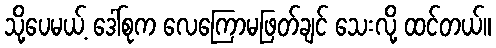
သို့ပေမယ့် ဒေါ်စုက လေကြောမဖြတ်ချင် သေးလို့ ထင်တယ်။